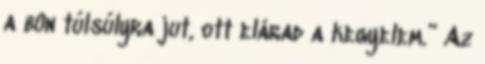
a bûn túlsúlyra jut, ott elárad a kegyelem.” Az